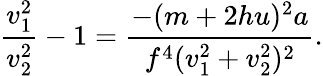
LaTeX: {\frac{v_{1}^{2}}{v_{2}^{2}}}-1={\frac{-(m+2hu)^{2}a}{f^{4}(v_{1}^{2}+v_{2}^{2})^{2}}}.